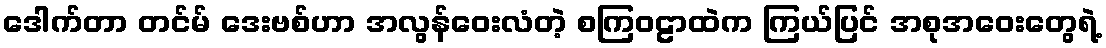
ဒေါက်တာ တင်မ် ဒေးဗစ်ဟာ အလွန်ဝေးလံတဲ့ စကြဝဠာထဲက ကြယ်ပြင် အစုအဝေးတွေရဲ့